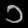
Digit: ၁